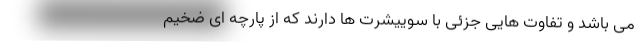
می باشد و تفاوت هایی جزئی با سوییشرت ها دارند که از پارچه ای ضخیم